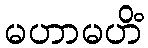
မဟာမဟိံ